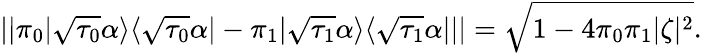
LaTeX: ||\pi_{0}|\sqrt{\tau_{0}}\alpha\rangle\langle\sqrt{\tau_{0}}\alpha|-\pi_{1}|\sqrt{\tau_{1}}\alpha\rangle\langle\sqrt{\tau_{1}}\alpha|||=\sqrt{1-4\pi_{0}\pi_{1}|\zeta|^{2}}.